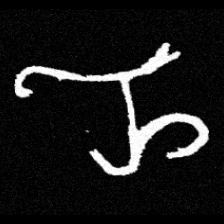
Pyu character \u2014 Myanmar letter: ည (romanized: nya)